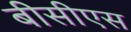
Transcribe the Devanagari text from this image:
बीसीएस